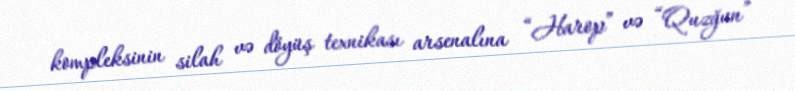
kompleksinin silah və döyüş texnikası arsenalına “Harop” və “Quzğun”